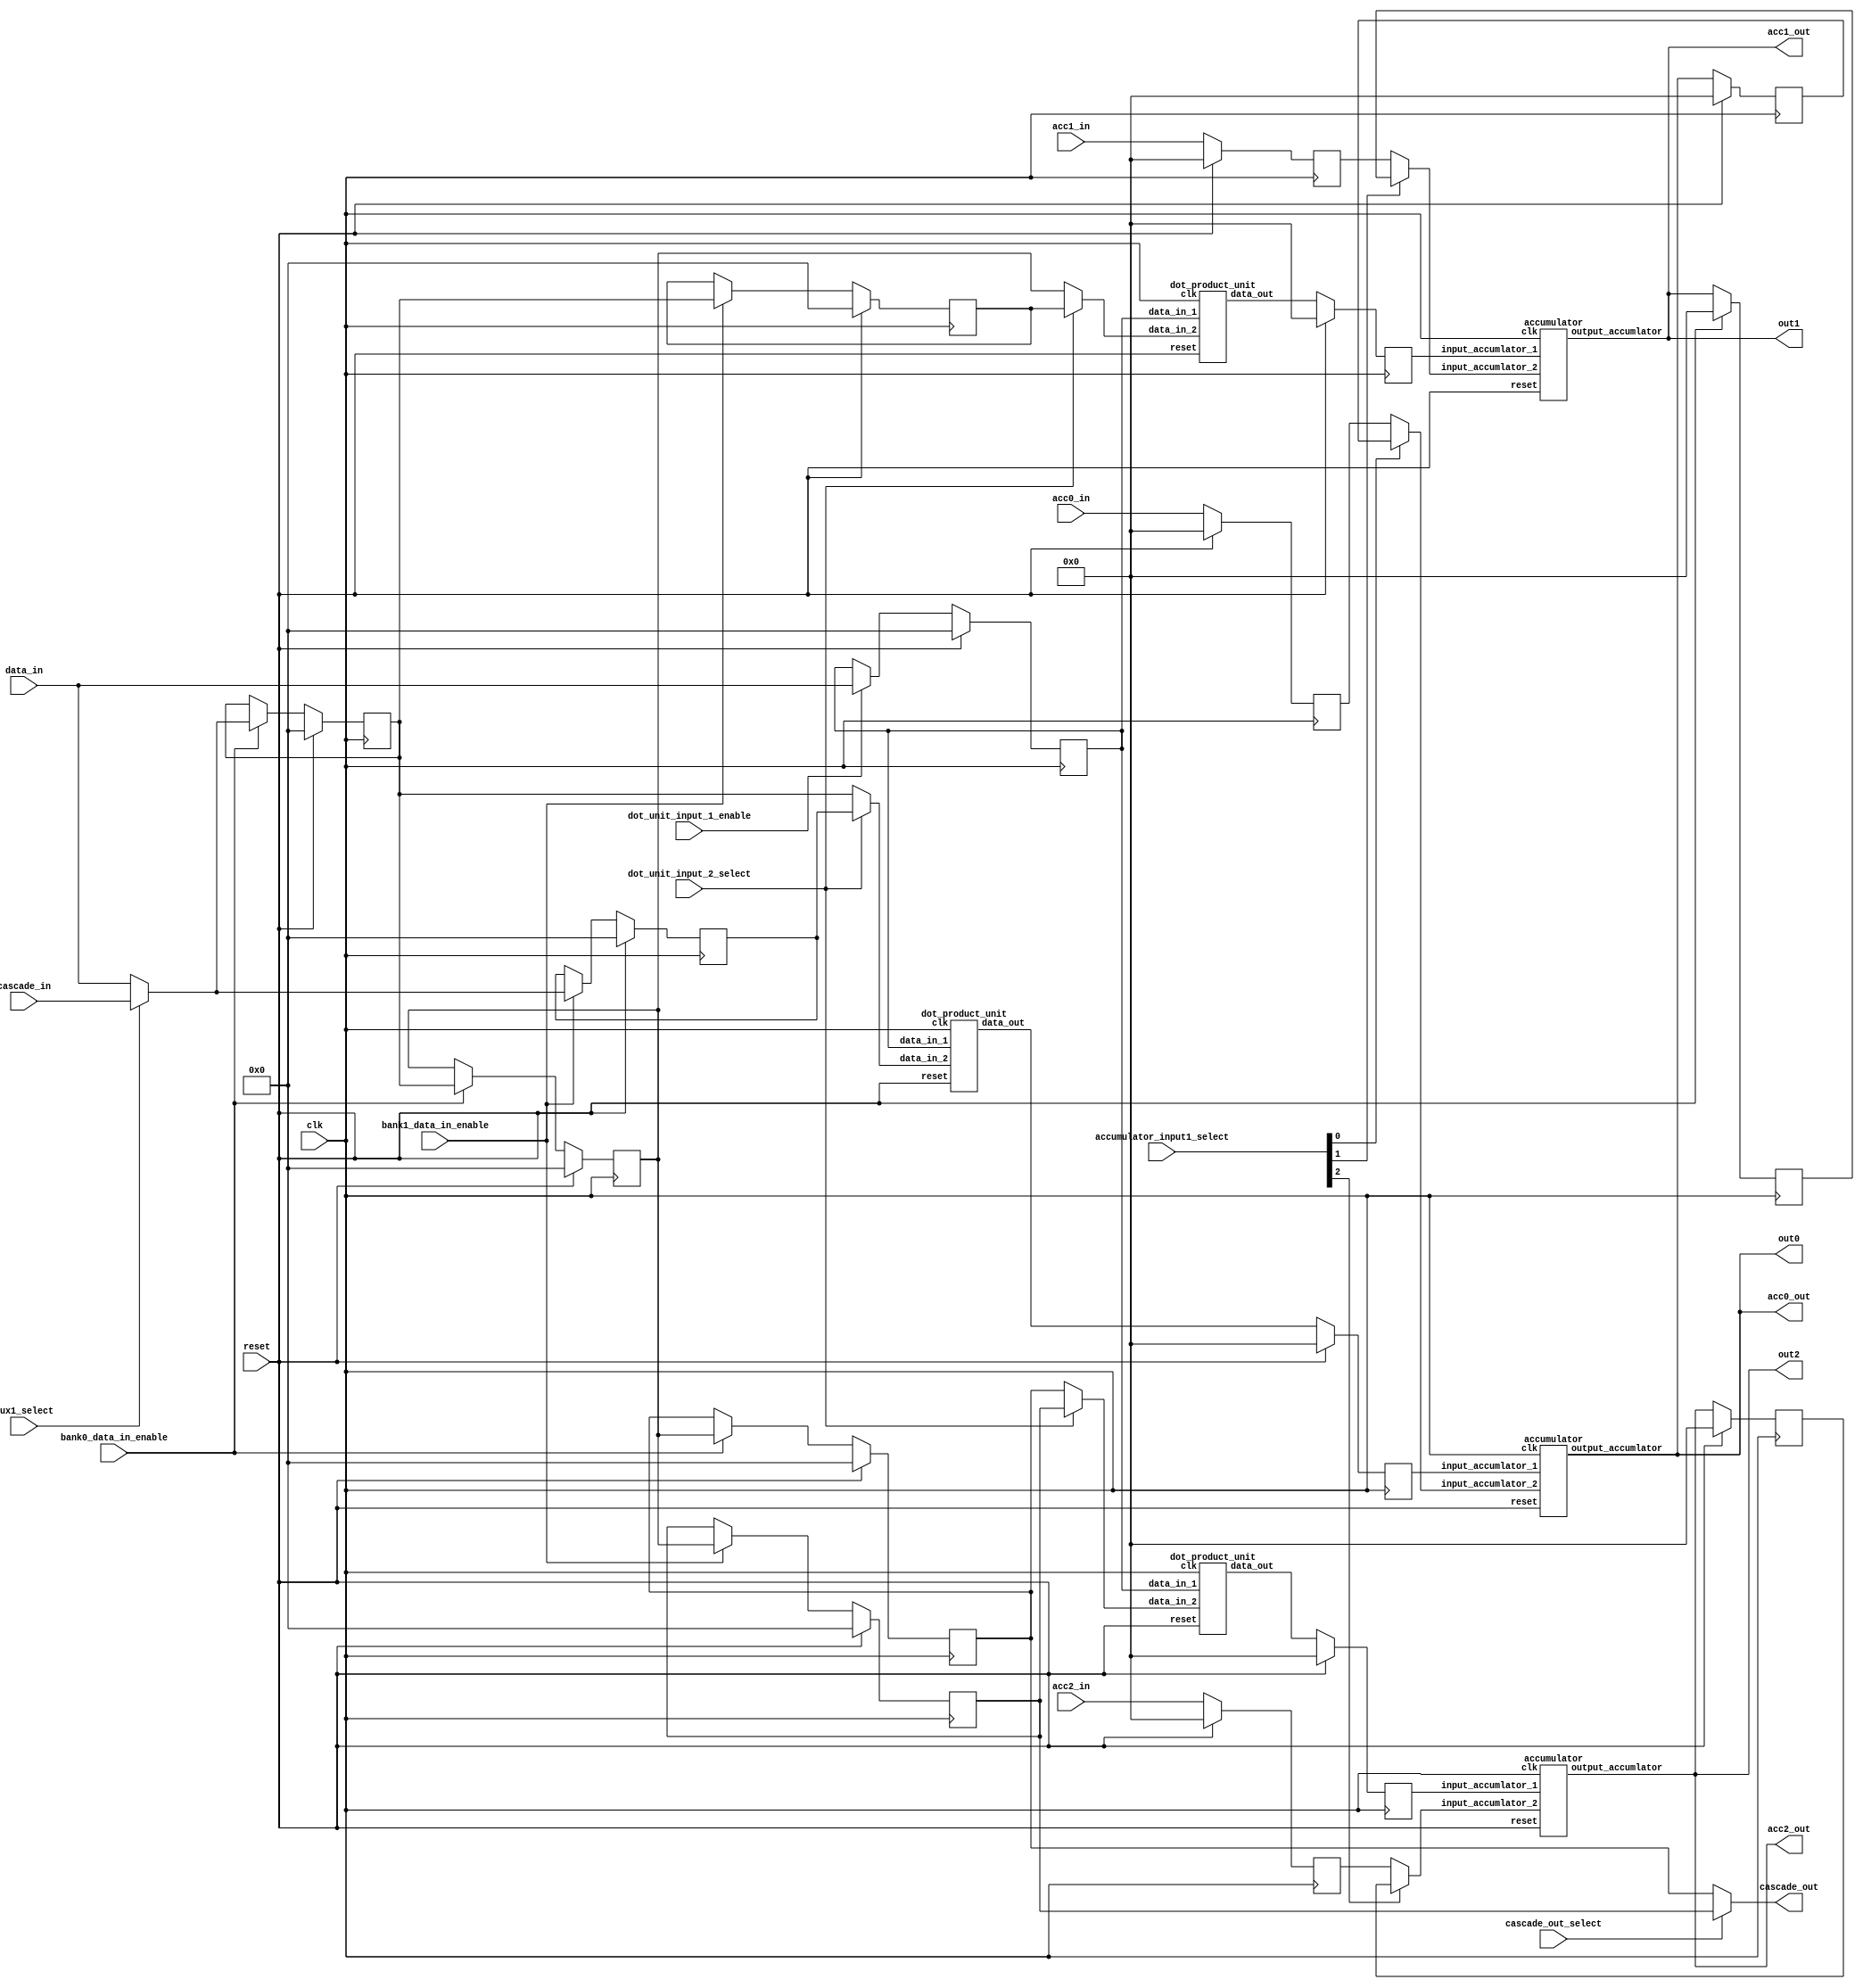
`timescale 1ns / 1ps


`define BFLOAT16
`ifdef BFLOAT16
`define EXPONENT 8
`define MANTISSA 7
`else // for ieee half precision fp16
`define EXPONENT 5
`define MANTISSA 10
`endif

`define SIGN 1
`define DWIDTH (`SIGN+`EXPONENT+`MANTISSA)

module tensor_block_bf16(
	clk,
	reset,
	
	data_in,
	cascade_in,
	acc0_in,
	acc1_in,
	acc2_in,
	accumulator_input1_select,

	out0,
	out1,
	out2,
	cascade_out,
	acc0_out,
	acc1_out,
	acc2_out,

	mux1_select,
	dot_unit_input_1_enable,
	bank0_data_in_enable,
	bank1_data_in_enable,
	cascade_out_select,
	dot_unit_input_2_select

	);

input 	[79:0] data_in;
input	[79:0] cascade_in;
input	[31:0] acc0_in;
input	[31:0] acc1_in;
input	[31:0] acc2_in;
input 	[2:0] accumulator_input1_select;


output	[31:0] out0;
output	[31:0] out1;
output	[31:0] out2;
output	[79:0] cascade_out;
output	[31:0] acc0_out;
output	[31:0] acc1_out;
output	[31:0] acc2_out;

//Inputs to take into account
input clk;
input reset;

// Logic to be created for 
input mux1_select;
input dot_unit_input_1_enable;
input bank0_data_in_enable;
input bank1_data_in_enable;
input cascade_out_select;
input dot_unit_input_2_select;


wire [79:0]mux1_out;
assign mux1_out = mux1_select ? cascade_in : data_in;

reg [79:0]dot_unit_input_1;

// D Flip Flop with reset and enable
always @ (posedge clk) begin
	if (reset == 1'b1) dot_unit_input_1 <= 0;
	else if (dot_unit_input_1_enable) dot_unit_input_1 <= data_in;
end

// Register Bank 0 
reg[79:0] bank0_reg0;
reg[79:0] bank0_reg1;
reg[79:0] bank0_reg2;

always @ (posedge clk) begin
	if (reset == 1'b1) begin
		bank0_reg0 <= 0;
		bank0_reg1 <= 0;
		bank0_reg2 <= 0;
	end
	else if (bank0_data_in_enable) begin
		bank0_reg0 <= mux1_out;
		bank0_reg1 <= bank0_reg0;
		bank0_reg2 <= bank0_reg1;
	end
end

// Register Bank 1 
reg[79:0] bank1_reg0;
reg[79:0] bank1_reg1;
reg[79:0] bank1_reg2;

always @ (posedge clk) begin
	if (reset == 1'b1) begin
		bank1_reg0 <= 0;
		bank1_reg1 <= 0;
		bank1_reg2 <= 0;
	end
	else if (bank1_data_in_enable) begin
		bank1_reg0 <= mux1_out;
		bank1_reg1 <= bank0_reg0;
		bank1_reg2 <= bank0_reg1;
	end
end

// Output cascade out
assign cascade_out = cascade_out_select ? bank1_reg2 : bank0_reg2;

// Providing second input to all 3 dot product units
wire [79:0]dot_unit_input_2_0;
wire [79:0]dot_unit_input_2_1;
wire [79:0]dot_unit_input_2_2;

assign dot_unit_input_2_0 = dot_unit_input_2_select ? bank1_reg0 : bank0_reg0;
assign dot_unit_input_2_1 = dot_unit_input_2_select ? bank1_reg1 : bank0_reg1;
assign dot_unit_input_2_2 = dot_unit_input_2_select ? bank1_reg2 : bank0_reg2;

wire [31:0] dot_unit_output_0;
wire [31:0] dot_unit_output_1;
wire [31:0] dot_unit_output_2;

dot_product_unit dot_unit0 (clk, reset, dot_unit_input_1, dot_unit_input_2_0, dot_unit_output_0);
dot_product_unit dot_unit1 (clk, reset, dot_unit_input_1, dot_unit_input_2_1, dot_unit_output_1);
dot_product_unit dot_unit2 (clk, reset, dot_unit_input_1, dot_unit_input_2_2, dot_unit_output_2);

// Flopping after dot product compute
reg [31:0] dot_unit_output_0_flopped;
reg [31:0] dot_unit_output_1_flopped;
reg [31:0] dot_unit_output_2_flopped;

always @ (posedge clk) begin
	if (reset == 1'b1) begin
		dot_unit_output_0_flopped <= 0;
		dot_unit_output_1_flopped <= 0;
		dot_unit_output_2_flopped <= 0;
	end
	else begin
		dot_unit_output_0_flopped <= dot_unit_output_0;
		dot_unit_output_1_flopped <= dot_unit_output_1;
		dot_unit_output_2_flopped <= dot_unit_output_2;
	end
end

wire [31:0] accumulator_unit0_input1;
wire [31:0] accumulator_unit1_input1;
wire [31:0] accumulator_unit2_input1;

wire [31:0] accumulator_unit_output_0;
wire [31:0] accumulator_unit_output_1;
wire [31:0] accumulator_unit_output_2;

reg [31:0] accumulator_unit_output_0_flopped;
reg [31:0] accumulator_unit_output_1_flopped;
reg [31:0] accumulator_unit_output_2_flopped;

reg [31:0] acc0_in_flopped;
reg [31:0] acc1_in_flopped;
reg [31:0] acc2_in_flopped;

// 3 mux's for selecting acc_in or acc_out_flopped
assign accumulator_unit0_input1 = accumulator_input1_select[0] ?  accumulator_unit_output_0_flopped : acc0_in_flopped;
assign accumulator_unit1_input1 = accumulator_input1_select[1] ?  accumulator_unit_output_1_flopped : acc1_in_flopped;
assign accumulator_unit2_input1 = accumulator_input1_select[2] ?  accumulator_unit_output_2_flopped : acc2_in_flopped;

// Flopping the accumulator outputs and acc_in 
always @ (posedge clk) begin
	if (reset == 1'b1) begin
		accumulator_unit_output_0_flopped <= 0;
		accumulator_unit_output_1_flopped <= 0;
		accumulator_unit_output_2_flopped <= 0;
		acc0_in_flopped <= 0;
		acc1_in_flopped <= 0;
		acc2_in_flopped <= 0;
	end
	else begin
		accumulator_unit_output_0_flopped <= accumulator_unit_output_0;
		accumulator_unit_output_1_flopped <= accumulator_unit_output_1;
		accumulator_unit_output_2_flopped <= accumulator_unit_output_2;
		acc0_in_flopped <= acc0_in;
		acc1_in_flopped <= acc1_in;
		acc2_in_flopped <= acc2_in;
	end
end

// Accumulator units
accumulator acc_unit0 (clk, reset, dot_unit_output_0_flopped, accumulator_unit0_input1, accumulator_unit_output_0 );
accumulator acc_unit1 (clk, reset, dot_unit_output_1_flopped, accumulator_unit1_input1, accumulator_unit_output_1 );
accumulator acc_unit2 (clk, reset, dot_unit_output_2_flopped, accumulator_unit2_input1, accumulator_unit_output_2 );

assign acc0_out = accumulator_unit_output_0;
assign acc1_out = accumulator_unit_output_1;
assign acc2_out = accumulator_unit_output_2;

//Taking the top 25 bits from the 32 bit accumulation number
assign out0= accumulator_unit_output_0;
assign out1= accumulator_unit_output_1;
assign out2= accumulator_unit_output_2;

endmodule

module dot_product_unit (
	clk,
	reset,
	data_in_1,
	data_in_2,
	data_out
	);
input clk;
input reset;
input [79:0] data_in_1;
input [79:0] data_in_2;
output [31:0] data_out;

wire [15:0] mult1_in1;
wire [15:0] mult1_in2;
wire [31:0] mult1_out;
wire [15:0] mult2_in1;
wire [15:0] mult2_in2;
wire [31:0] mult2_out;
wire [15:0] mult3_in1;
wire [15:0] mult3_in2;
wire [31:0] mult3_out;
wire [15:0] mult4_in1;
wire [15:0] mult4_in2;
wire [31:0] mult4_out;
wire [15:0] mult5_in1;
wire [15:0] mult5_in2;
wire [31:0] mult5_out;
reg [31:0] mult1_out_reg;
reg [31:0] mult2_out_reg;
reg [31:0] mult3_out_reg;
reg [31:0] mult4_out_reg;
reg [31:0] mult5_out_reg;

wire [4:0] flags_dummy_1;
wire [4:0] flags_dummy_2;
wire [4:0] flags_dummy_3;
wire [4:0] flags_dummy_4;
wire [4:0] flags_dummy_5;

assign mult1_in1 = data_in_1[15:0];
assign mult1_in2 = data_in_2[15:0];
FPMult_16 mult_1_dut(clk,reset,mult1_in1,mult1_in2,mult1_out,flags_dummy_1);


assign mult2_in1 = data_in_1[31:16];
assign mult2_in2 = data_in_2[31:16];
FPMult_16 mult_2_dut(clk,reset,mult2_in1,mult2_in2,mult2_out,flags_dummy_2);

assign mult3_in1 = data_in_1[47:32];
assign mult3_in2 = data_in_2[47:32];
FPMult_16 mult_3_dut(clk,reset,mult3_in1,mult3_in2,mult3_out,flags_dummy_3);

assign mult4_in1 = data_in_1[63:48];
assign mult4_in2 = data_in_2[63:48];
FPMult_16 mult_4_dut(clk,reset,mult4_in1,mult4_in2,mult4_out,flags_dummy_4);

assign mult5_in1 = data_in_1[79:54];
assign mult5_in2 = data_in_2[79:54];
FPMult_16 mult_5_dut(clk,reset,mult5_in1,mult5_in2,mult5_out,flags_dummy_5);

always@(posedge clk) begin 
mult1_out_reg <= mult1_out; 
mult2_out_reg <= mult2_out; 
mult3_out_reg <= mult3_out; 
mult4_out_reg <= mult4_out; 
mult5_out_reg <= mult5_out; 
end

sum_5_times sum_it_up(clk, reset, mult1_out_reg, mult2_out_reg, mult3_out_reg, mult4_out_reg, mult5_out_reg, data_out);
//assign data_out = 	mult1_out + mult2_out + mult3_out + mult4_out + mult5_out +  
//					mult6_out + mult7_out + mult8_out + mult9_out + mult10_out;
endmodule


module sum_5_times (clk, reset, num1, num2, num3, num4, num5, out);

input clk;
input reset;
input [31:0]num1;
input [31:0]num2;
input [31:0]num3;
input [31:0]num4;
input [31:0]num5;
output [31:0] out;

wire [31:0]add_1_out;
wire [31:0]add_2_out;
wire [31:0]add_3_out;
wire [31:0]add_4_out;

reg [31:0] add_1_out_reg; 
reg [31:0] add_2_out_reg;
reg [31:0] add_3_out_reg;

wire [4:0] dummy_flag_1;
wire [4:0] dummy_flag_2;
wire [4:0] dummy_flag_3;
wire [4:0] dummy_flag_4;


FPAddSub_single_32 sum_10_times_adder_1(clk,reset,num1,num2,1'b0,add_1_out,dummy_flag_1);
always@(posedge clk) begin 
add_1_out_reg<= add_1_out;
end

FPAddSub_single_32 sum_10_times_adder_2(clk,reset,num3,num4,1'b0,add_2_out,dummy_flag_2);
always@(posedge clk) begin 
add_2_out_reg<= add_2_out;
end

FPAddSub_single_32 sum_10_times_adder_3(clk,reset,add_1_out_reg,add_2_out_reg,1'b0,add_3_out,dummy_flag_3);
always@(posedge clk) begin 
add_3_out_reg<= add_3_out;
end
reg [31:0] num5_del0,num5_del1;

always@(posedge clk) begin 
num5_del0<= num5;
num5_del1<= num5_del0;
end

FPAddSub_single_32 sum_10_times_adder_4(clk,reset,add_3_out_reg,num5_del1,1'b0,add_4_out,dummy_flag_4);

assign out = add_4_out;

endmodule

module accumulator (
	clk,
	reset,
	input_accumlator_1,
	input_accumlator_2,
	output_accumlator
	);
input clk;
input reset;
input [31:0] input_accumlator_1;
input [31:0] input_accumlator_2;
output [31:0] output_accumlator;

wire [4:0] flags; //dummy

FPAddSub_single_32 accumulator_definition(
		clk,
		reset,
		input_accumlator_1,
		input_accumlator_2,
		1'b0,			// 0 add, 1 sub
		output_accumlator,
		flags
	);

endmodule


module FPAddSub_single_32(
		clk,
		rst,
		a,
		b,
		operation,
		result,
		flags
	);

  // Clock and reset
  	input clk ;										// Clock signal
  	input rst ;										// Reset (active high, resets pipeline registers)
  	
  	// Input ports
  	input [31:0] a ;								// Input A, a 32-bit floating point number
  	input [31:0] b ;								// Input B, a 32-bit floating point number
  	input operation ;								// Operation select signal
  	
  	// Output ports
  	output [31:0] result ;						// Result of the operation
  	output [4:0] flags ;							// Flags indicating exceptions according to IEEE754
  
  	reg [68:0]pipe_1;
  	reg [54:0]pipe_2;
  	reg [45:0]pipe_3;
  
  
  //internal module wires
  
  //output ports
  	wire Opout;
  	wire Sa;
  	wire Sb;
  	wire MaxAB;
  	wire [7:0] CExp;
  	wire [4:0] Shift;
  	wire [22:0] Mmax;
  	wire [4:0] InputExc;
  	wire [23:0] Mmin_3;
  
  	wire [32:0] SumS_5 ;
  	wire [4:0] Shift_1;							
  	wire PSgn ;							
  	wire Opr ;	
  	
  	wire [22:0] NormM ;				// Normalized mantissa
  	wire [8:0] NormE ;					// Adjusted exponent
  	wire ZeroSum ;						// Zero flag
  	wire NegE ;							// Flag indicating negative exponent
  	wire R ;								// Round bit
  	wire S ;								// Final sticky bit
  	wire FG ;
  
  FPAddSub_a_32 M1(a,b,operation,Opout,Sa,Sb,MaxAB,CExp,Shift,Mmax,InputExc,Mmin_3);
  
  FpAddSub_b_32 M2(pipe_1[51:29],pipe_1[23:0],pipe_1[67],pipe_1[66],pipe_1[65],pipe_1[68],SumS_5,Shift_1,PSgn,Opr);
  
  FPAddSub_c_32 M3(pipe_2[54:22],pipe_2[21:17],pipe_2[16:9],NormM,NormE,ZeroSum,NegE,R,S,FG);
  
  FPAddSub_d_32 M4(pipe_3[13],pipe_3[22:14],pipe_3[45:23],pipe_3[11],pipe_3[10],pipe_3[9],pipe_3[8],pipe_3[7],pipe_3[6],pipe_3[5],pipe_3[12],pipe_3[4:0],result,flags );
  
  
  always @ (posedge clk) begin	
  		if(rst) begin
  			pipe_1 <= 0;
  			pipe_2 <= 0;
  			pipe_3 <= 0;
  		end 
  		else begin
  /*
  pipe_1:
  	[68] Opout;
  	[67] Sa;
  	[66] Sb;
  	[65] MaxAB;
  	[64:57] CExp;
  	[56:52] Shift;
  	[51:29] Mmax;
  	[28:24] InputExc;
  	[23:0] Mmin_3;	
  */
  
  pipe_1 <= {Opout,Sa,Sb,MaxAB,CExp,Shift,Mmax,InputExc,Mmin_3};
  
  /*
  pipe_2:
  	[54:22]SumS_5;
  	[21:17]Shift;
  	[16:9]CExp;	
  	[8]Sa;
  	[7]Sb;
  	[6]operation;
  	[5]MaxAB;	
  	[4:0]InputExc
  */
  
  pipe_2 <= {SumS_5,Shift_1,pipe_1[64:57], pipe_1[67], pipe_1[66], pipe_1[68], pipe_1[65], pipe_1[28:24] };
  
  /*
  pipe_3:
  	[45:23] NormM ;				
  	[22:14] NormE ;					
  	[13]ZeroSum ;						
  	[12]NegE ;							
  	[11]R ;								
  	[10]S ;								
  	[9]FG ;
  	[8]Sa;
  	[7]Sb;
  	[6]operation;
  	[5]MaxAB;	
  	[4:0]InputExc
  */
  
  pipe_3 <= {NormM,NormE,ZeroSum,NegE,R,S,FG, pipe_2[8], pipe_2[7], pipe_2[6], pipe_2[5], pipe_2[4:0] };
  
  end
  end


endmodule

module FPAddSub_a_32(
		A,
		B,
		operation,
		Opout,
		Sa,
		Sb,
		MaxAB,
		CExp,
		Shift,
		Mmax,
		InputExc,
		Mmin_3
		
		
	);
	
	// Input ports
	input [31:0] A ;										// Input A, a 32-bit floating point number
	input [31:0] B ;										// Input B, a 32-bit floating point number
	input operation ;
	
	//output ports
	output Opout;
	output Sa;
	output Sb;
	output MaxAB;
	output [7:0] CExp;
	output [4:0] Shift;
	output [22:0] Mmax;
	output [4:0] InputExc;
	output [23:0] Mmin_3;	
							
	wire [9:0] ShiftDet ;							
	wire [30:0] Aout ;
	wire [30:0] Bout ;
	

	// Internal signals									// If signal is high...
	wire ANaN ;												// A is a NaN (Not-a-Number)
	wire BNaN ;												// B is a NaN
	wire AInf ;												// A is infinity
	wire BInf ;												// B is infinity
	wire [7:0] DAB ;										// ExpA - ExpB					
	wire [7:0] DBA ;										// ExpB - ExpA	
	
	assign ANaN = &(A[30:23]) & |(A[22:0]) ;		// All one exponent and not all zero mantissa - NaN
	assign BNaN = &(B[30:23]) & |(B[22:0]);		// All one exponent and not all zero mantissa - NaN
	assign AInf = &(A[30:23]) & ~|(A[22:0]) ;	// All one exponent and all zero mantissa - Infinity
	assign BInf = &(B[30:23]) & ~|(B[22:0]) ;	// All one exponent and all zero mantissa - Infinity
	
	// Put all flags into exception vector
	assign InputExc = {(ANaN | BNaN | AInf | BInf), ANaN, BNaN, AInf, BInf} ;
	
	//assign DAB = (A[30:23] - B[30:23]) ;
	//assign DBA = (B[30:23] - A[30:23]) ;
	assign DAB = (A[30:23] + ~(B[30:23]) + 1) ;
	assign DBA = (B[30:23] + ~(A[30:23]) + 1) ;
	
	assign Sa = A[31] ;									// A's sign bit
	assign Sb = B[31] ;									// B's sign	bit
	assign ShiftDet = {DBA[4:0], DAB[4:0]} ;		// Shift data
	assign Opout = operation ;
	assign Aout = A[30:0] ;
	assign Bout = B[30:0] ;

/////////////////////////////////////////////////////////////////////////////////////////////////////////////
	// Output ports
													// Number of steps to smaller mantissa shift right
	wire [22:0] Mmin_1 ;							// Smaller mantissa 
	
	// Internal signals
	//wire BOF ;										// Check for shifting overflow if B is larger
	//wire AOF ;										// Check for shifting overflow if A is larger
	
	assign MaxAB = (Aout[30:0] < Bout[30:0]) ;	
	//assign BOF = ShiftDet[9:5] < 25 ;		// Cannot shift more than 25 bits
	//assign AOF = ShiftDet[4:0] < 25 ;		// Cannot shift more than 25 bits
	
	// Determine final shift value
	//assign Shift = MaxAB ? (BOF ? ShiftDet[9:5] : 5'b11001) : (AOF ? ShiftDet[4:0] : 5'b11001) ;
	
	assign Shift = MaxAB ? ShiftDet[9:5] : ShiftDet[4:0] ;
	
	// Take out smaller mantissa and append shift space
	assign Mmin_1 = MaxAB ? Aout[22:0] : Bout[22:0] ; 
	
	// Take out larger mantissa	
	assign Mmax = MaxAB ? Bout[22:0]: Aout[22:0] ;	
	
	// Common exponent
	assign CExp = (MaxAB ? Bout[30:23] : Aout[30:23]) ;	

// Input ports
					// Smaller mantissa after 16|12|8|4 shift
	wire [2:0] Shift_1 ;						// Shift amount
	
	assign Shift_1 = Shift [4:2];

	wire [23:0] Mmin_2 ;						// The smaller mantissa
	
	// Internal signals
	reg	  [23:0]		Lvl1;
	reg	  [23:0]		Lvl2;
	wire    [47:0]    Stage1;	
	integer           i;                // Loop variable
	
	always @(*) begin						
		// Rotate by 16?
		Lvl1 <= Shift_1[2] ? {17'b00000000000000001, Mmin_1[22:16]} : {1'b1, Mmin_1}; 
	end
	
	assign Stage1 = {Lvl1, Lvl1};
	
	always @(*) begin    					// Rotate {0 | 4 | 8 | 12} bits
	  case (Shift_1[1:0])
			// Rotate by 0	
			2'b00:  Lvl2 <= Stage1[23:0];       			
			// Rotate by 4	
			2'b01:  begin for (i=0; i<=23; i=i+1) begin Lvl2[i] <= Stage1[i+4]; end Lvl2[23:19] <= 0; end
			// Rotate by 8
			2'b10:  begin for (i=0; i<=23; i=i+1) begin Lvl2[i] <= Stage1[i+8]; end Lvl2[23:15] <= 0; end
			// Rotate by 12	
			2'b11:  begin for (i=0; i<=23; i=i+1) begin Lvl2[i] <= Stage1[i+12]; end Lvl2[23:11] <= 0; end
	  endcase
	end
	
	// Assign output to next shift stage
	assign Mmin_2 = Lvl2;
								// Smaller mantissa after 16|12|8|4 shift
	wire [1:0] Shift_2 ;						// Shift amount
	
	assign Shift_2 =Shift  [1:0] ;
					// The smaller mantissa
	
	// Internal Signal
	reg	  [23:0]		Lvl3;
	wire    [47:0]    Stage2;	
	integer           j;               // Loop variable
	
	assign Stage2 = {Mmin_2, Mmin_2};

	always @(*) begin    // Rotate {0 | 1 | 2 | 3} bits
	  case (Shift_2[1:0])
			// Rotate by 0
			2'b00:  Lvl3 <= Stage2[23:0];   
			// Rotate by 1
			2'b01:  begin for (j=0; j<=23; j=j+1)  begin Lvl3[j] <= Stage2[j+1]; end Lvl3[23] <= 0; end 
			// Rotate by 2
			2'b10:  begin for (j=0; j<=23; j=j+1)  begin Lvl3[j] <= Stage2[j+2]; end Lvl3[23:22] <= 0; end 
			// Rotate by 3
			2'b11:  begin for (j=0; j<=23; j=j+1)  begin Lvl3[j] <= Stage2[j+3]; end Lvl3[23:21] <= 0; end 	  
	  endcase
	end
	
	// Assign output
	assign Mmin_3 = Lvl3;	

	
endmodule

module FpAddSub_b_32(
		Mmax,
		Mmin,
		Sa,
		Sb,
		MaxAB,
		OpMode,
		SumS_5,
		Shift,
		PSgn,
		Opr
);
	input [22:0] Mmax ;					// The larger mantissa
	input [23:0] Mmin ;					// The smaller mantissa
	input Sa ;								// Sign bit of larger number
	input Sb ;								// Sign bit of smaller number
	input MaxAB ;							// Indicates the larger number (0/A, 1/B)
	input OpMode ;							// Operation to be performed (0/Add, 1/Sub)
	
	// Output ports
	wire [32:0] Sum ;	
						// Output ports
	output [32:0] SumS_5 ;					// Mantissa after 16|0 shift
	output [4:0] Shift ;					// Shift amount				// The result of the operation
	output PSgn ;							// The sign for the result
	output Opr ;							// The effective (performed) operation

	assign Opr = (OpMode^Sa^Sb); 		// Resolve sign to determine operation

	// Perform effective operation
	assign Sum = (OpMode^Sa^Sb) ? ({1'b1, Mmax, 8'b00000000} - {Mmin, 8'b00000000}) : ({1'b1, Mmax, 8'b00000000} + {Mmin, 8'b00000000}) ;
	
	// Assign result sign
	assign PSgn = (MaxAB ? Sb : Sa) ;

/////////////////////////////////////////////////////////////////////////////////////////////////////////////////////////////////////////

		// Determine normalization shift amount by finding leading nought
	assign Shift =  ( 
		Sum[32] ? 5'b00000 :	 
		Sum[31] ? 5'b00001 : 
		Sum[30] ? 5'b00010 : 
		Sum[29] ? 5'b00011 : 
		Sum[28] ? 5'b00100 : 
		Sum[27] ? 5'b00101 : 
		Sum[26] ? 5'b00110 : 
		Sum[25] ? 5'b00111 :
		Sum[24] ? 5'b01000 :
		Sum[23] ? 5'b01001 :
		Sum[22] ? 5'b01010 :
		Sum[21] ? 5'b01011 :
		Sum[20] ? 5'b01100 :
		Sum[19] ? 5'b01101 :
		Sum[18] ? 5'b01110 :
		Sum[17] ? 5'b01111 :
		Sum[16] ? 5'b10000 :
		Sum[15] ? 5'b10001 :
		Sum[14] ? 5'b10010 :
		Sum[13] ? 5'b10011 :
		Sum[12] ? 5'b10100 :
		Sum[11] ? 5'b10101 :
		Sum[10] ? 5'b10110 :
		Sum[9] ? 5'b10111 :
		Sum[8] ? 5'b11000 :
		Sum[7] ? 5'b11001 : 5'b11010
	);
	
	reg	  [32:0]		Lvl1;
	
	always @(*) begin
		// Rotate by 16?
		Lvl1 <= Shift[4] ? {Sum[16:0], 16'b0000000000000000} : Sum; 
	end
	
	// Assign outputs
	assign SumS_5 = Lvl1;	

endmodule

module FPAddSub_c_32(
		SumS_5,
		Shift,
		CExp,
		NormM,
		NormE,
		ZeroSum,
		NegE,
		R,
		S,
		FG
	);
	
	// Input ports
	input [32:0] SumS_5 ;						// Smaller mantissa after 16|12|8|4 shift
	
	input [4:0] Shift ;						// Shift amount
	
// Input ports
	
	input [7:0] CExp ;
	

	// Output ports
	output [22:0] NormM ;				// Normalized mantissa
	output [8:0] NormE ;					// Adjusted exponent
	output ZeroSum ;						// Zero flag
	output NegE ;							// Flag indicating negative exponent
	output R ;								// Round bit
	output S ;								// Final sticky bit
	output FG ;


	wire [3:0]Shift_1;
	assign Shift_1 = Shift [3:0];
	// Output ports
	wire [32:0] SumS_7 ;						// The smaller mantissa
	
	reg	  [32:0]		Lvl2;
	wire    [65:0]    Stage1;	
	reg	  [32:0]		Lvl3;
	wire    [65:0]    Stage2;	
	integer           i;               	// Loop variable
	
	assign Stage1 = {SumS_5, SumS_5};

	always @(*) begin    					// Rotate {0 | 4 | 8 | 12} bits
	  case (Shift[3:2])
			// Rotate by 0
			2'b00: Lvl2 <= Stage1[32:0];       		
			// Rotate by 4
			2'b01: begin for (i=65; i>=33; i=i-1) begin Lvl2[i-33] <= Stage1[i-4]; end Lvl2[3:0] <= 0; end
			// Rotate by 8
			2'b10: begin for (i=65; i>=33; i=i-1) begin Lvl2[i-33] <= Stage1[i-8]; end Lvl2[7:0] <= 0; end
			// Rotate by 12
			2'b11: begin for (i=65; i>=33; i=i-1) begin Lvl2[i-33] <= Stage1[i-12]; end Lvl2[11:0] <= 0; end
	  endcase
	end
	
	assign Stage2 = {Lvl2, Lvl2};

	always @(*) begin   				 		// Rotate {0 | 1 | 2 | 3} bits
	  case (Shift_1[1:0])
			// Rotate by 0
			2'b00:  Lvl3 <= Stage2[32:0];
			// Rotate by 1
			2'b01: begin for (i=65; i>=33; i=i-1) begin Lvl3[i-33] <= Stage2[i-1]; end Lvl3[0] <= 0; end 
			// Rotate by 2
			2'b10: begin for (i=65; i>=33; i=i-1) begin Lvl3[i-33] <= Stage2[i-2]; end Lvl3[1:0] <= 0; end
			// Rotate by 3
			2'b11: begin for (i=65; i>=33; i=i-1) begin Lvl3[i-33] <= Stage2[i-3]; end Lvl3[2:0] <= 0; end
	  endcase
	end
	
	// Assign outputs
	assign SumS_7 = Lvl3;						// Take out smaller mantissa



	
	// Internal signals
	wire MSBShift ;						// Flag indicating that a second shift is needed
	wire [8:0] ExpOF ;					// MSB set in sum indicates overflow
	wire [8:0] ExpOK ;					// MSB not set, no adjustment
	
	// Calculate normalized exponent and mantissa, check for all-zero sum
	assign MSBShift = SumS_7[32] ;		// Check MSB in unnormalized sum
	assign ZeroSum = ~|SumS_7 ;			// Check for all zero sum
	assign ExpOK = CExp - Shift ;		// Adjust exponent for new normalized mantissa
	assign NegE = ExpOK[8] ;			// Check for exponent overflow
	assign ExpOF = CExp - Shift + 1'b1 ;		// If MSB set, add one to exponent(x2)
	


	assign NormE = MSBShift ? ExpOF : ExpOK ;			// Check for exponent overflow
	assign NormM = SumS_7[31:9] ;		// The new, normalized mantissa
	
	// Also need to compute sticky and round bits for the rounding stage
	assign FG = SumS_7[8] ; 
	assign R = SumS_7[7] ;
	assign S = |SumS_7[6:0] ;		
	
endmodule

module FPAddSub_d_32(
		ZeroSum,
		NormE,
		NormM,
		R,
		S,
		G,
		Sa,
		Sb,
		Ctrl,
		MaxAB,
		NegE,
		InputExc,
		P,
		Flags 
    );

	// Input ports
	input ZeroSum ;					// Sum is zero
	input [8:0] NormE ;				// Normalized exponent
	input [22:0] NormM ;				// Normalized mantissa
	input R ;							// Round bit
	input S ;							// Sticky bit
	input G ;
	input Sa ;							// A's sign bit
	input Sb ;							// B's sign bit
	input Ctrl ;						// Control bit (operation)
	input MaxAB ;
	

	input NegE ;						// Negative exponent?
	input [4:0] InputExc ;					// Exceptions in inputs A and B

	// Output ports
	output [31:0] P ;					// Final result
	output [4:0] Flags ;				// Exception flags
	
	// 
	wire [31:0] Z ;					// Final result
	wire EOF ;
	
	// Internal signals
	wire [23:0] RoundUpM ;			// Rounded up sum with room for overflow
	wire [22:0] RoundM ;				// The final rounded sum
	wire [8:0] RoundE ;				// Rounded exponent (note extra bit due to poential overflow	)
	wire RoundUp ;						// Flag indicating that the sum should be rounded up
	wire ExpAdd ;						// May have to add 1 to compensate for overflow 
	wire RoundOF ;						// Rounding overflow
	wire FSgn;
	// The cases where we need to round upwards (= adding one) in Round to nearest, tie to even
	assign RoundUp = (G & ((R | S) | NormM[0])) ;
	
	// Note that in the other cases (rounding down), the sum is already 'rounded'
	assign RoundUpM = (NormM + 1) ;								// The sum, rounded up by 1
	assign RoundM = (RoundUp ? RoundUpM[22:0] : NormM) ; 	// Compute final mantissa	
	assign RoundOF = RoundUp & RoundUpM[23] ; 				// Check for overflow when rounding up

	// Calculate post-rounding exponent
	assign ExpAdd = (RoundOF ? 1'b1 : 1'b0) ; 				// Add 1 to exponent to compensate for overflow
	assign RoundE = ZeroSum ? 8'b00000000 : (NormE + ExpAdd) ; 							// Final exponent

	// If zero, need to determine sign according to rounding
	assign FSgn = (ZeroSum & (Sa ^ Sb)) | (ZeroSum ? (Sa & Sb & ~Ctrl) : ((~MaxAB & Sa) | ((Ctrl ^ Sb) & (MaxAB | Sa)))) ;

	// Assign final result
	assign Z = {FSgn, RoundE[7:0], RoundM[22:0]} ;
	
	// Indicate exponent overflow
	assign EOF = RoundE[8];

/////////////////////////////////////////////////////////////////////////////////////////////////////////



	
	// Internal signals
	wire Overflow ;					// Overflow flag
	wire Underflow ;					// Underflow flag
	wire DivideByZero ;				// Divide-by-Zero flag (always 0 in Add/Sub)
	wire Invalid ;						// Invalid inputs or result
	wire Inexact ;						// Result is inexact because of rounding
	
	// Exception flags
	
	// Result is too big to be represented
	assign Overflow = EOF | InputExc[1] | InputExc[0] ;
	
	// Result is too small to be represented
	assign Underflow = NegE & (R | S);
	
	// Infinite result computed exactly from finite operands
	assign DivideByZero = &(Z[30:23]) & ~|(Z[30:23]) & ~InputExc[1] & ~InputExc[0];
	
	// Invalid inputs or operation
	assign Invalid = |(InputExc[4:2]) ;
	
	// Inexact answer due to rounding, overflow or underflow
	assign Inexact = (R | S) | Overflow | Underflow;
	
	// Put pieces together to form final result
	assign P = Z ;
	
	// Collect exception flags	
	assign Flags = {Overflow, Underflow, DivideByZero, Invalid, Inexact} ; 	
	
endmodule

//////////////////////////////////////////////////////////////////////////////////
//
// Module Name:    FPMult
//
//////////////////////////////////////////////////////////////////////////////////

module FPMult_16(
		clk,
		rst,
		a,
		b,
		result,
		flags
    );
	
	// Input Ports
	input clk ;							// Clock
	input rst ;							// Reset signal
	input [16-1:0] a;						// Input A, a 32-bit floating point number
	input [16-1:0] b;						// Input B, a 32-bit floating point number
	
	// Output ports
	output [32-1:0] result ;					// Product, result of the operation, 32-bit FP number
	output [4:0] flags ;						// Flags indicating exceptions according to IEEE754
	
	// Internal signals
	wire [32-1:0] Z_int ;					// Product, result of the operation, 32-bit FP number
	wire [4:0] Flags_int ;						// Flags indicating exceptions according to IEEE754
	
	wire Sa ;							// A's sign
	wire Sb ;							// B's sign
	wire Sp ;							// Product sign
	wire [8-1:0] Ea ;					// A's exponent
	wire [8-1:0] Eb ;					// B's exponent
	wire [2*7+1:0] Mp ;					// Product 7
	wire [4:0] InputExc ;						// Exceptions in inputs
	wire [23-1:0] NormM ;					// Normalized 7
	wire [8:0] NormE ;					// Normalized exponent
	wire [23:0] RoundM ;					// Normalized 7
	wire [8:0] RoundE ;					// Normalized exponent
	wire [23:0] RoundMP ;					// Normalized 7
	wire [8:0] RoundEP ;					// Normalized exponent
	wire GRS ;

	//reg [63:0] pipe_0;						// Pipeline register Input->Prep
	reg [2*16-1:0] pipe_0;					// Pipeline register Input->Prep

	//reg [92:0] pipe_1;						// Pipeline register Prep->Execute
	//reg [3*7+2*8+7:0] pipe_1;			// Pipeline register Prep->Execute
	reg [3*7+2*8+18:0] pipe_1;

	//reg [38:0] pipe_2;						// Pipeline register Execute->Normalize
	reg [23+8+7:0] pipe_2;				// Pipeline register Execute->Normalize
	
	//reg [72:0] pipe_3;						// Pipeline register Normalize->Round
	reg [2*23+2*8+10:0] pipe_3;			// Pipeline register Normalize->Round

	//reg [36:0] pipe_4;						// Pipeline register Round->Output
	reg [32+4:0] pipe_4;					// Pipeline register Round->Output
	
	assign result = pipe_4[32+4:5] ;
	assign flags = pipe_4[4:0] ;
	
	// Prepare the operands for alignment and check for exceptions
	FPMult_PrepModule PrepModule(clk, rst, pipe_0[2*16-1:16], pipe_0[16-1:0], Sa, Sb, Ea[8-1:0], Eb[8-1:0], Mp[2*7+1:0], InputExc[4:0]) ;

	// Perform (unsigned) 7 multiplication
	FPMult_ExecuteModule ExecuteModule(pipe_1[3*7+8*2+7:2*7+2*8+8], pipe_1[2*7+2*8+7:2*7+7], pipe_1[2*7+6:5], pipe_1[2*7+2*8+6:2*7+8+7], pipe_1[2*7+8+6:2*7+7], pipe_1[2*7+2*8+8], pipe_1[2*7+2*8+7], Sp, NormE[8:0], NormM[23-1:0], GRS) ;

	// Round result and if necessary, perform a second (post-rounding) normalization step
	FPMult_NormalizeModule NormalizeModule(pipe_2[23-1:0], pipe_2[23+8:23], RoundE[8:0], RoundEP[8:0], RoundM[23:0], RoundMP[23:0]) ;		

	// Round result and if necessary, perform a second (post-rounding) normalization step
	//FPMult_RoundModule RoundModule(pipe_3[47:24], pipe_3[23:0], pipe_3[65:57], pipe_3[56:48], pipe_3[66], pipe_3[67], pipe_3[72:68], Z_int[31:0], Flags_int[4:0]) ;		
	FPMult_RoundModule RoundModule(pipe_3[2*23+1:23+1], pipe_3[23:0], pipe_3[2*23+2*8+3:2*23+8+3], pipe_3[2*23+8+2:2*23+2], pipe_3[2*23+2*8+4], pipe_3[2*23+2*8+5], pipe_3[2*23+2*8+10:2*23+2*8+6], Z_int[32-1:0], Flags_int[4:0]) ;		

				
//adding always@ (*) instead of posedge clock to make design combinational
	always @ (*) begin	
		if(rst) begin
			pipe_0 = 0;
			pipe_1 = 0;
			pipe_2 = 0; 
			pipe_3 = 0;
			pipe_4 = 0;
		end 
		else begin		
			/* PIPE 0
				[2*16-1:16] A
				[16-1:0] B
			*/
                       pipe_0 = {a, b} ;


			/* PIPE 1
				[2*8+3*7 + 18: 2*8+2*7 + 18] //pipe_0[16+7-1:16] , 7 of A
				[2*8+2*7 + 17 :2*8+2*7 + 9] // pipe_0[8:0]
				[2*8+2*7 + 8] Sa
				[2*8+2*7 + 7] Sb
				[2*8+2*7 + 6:8+2*7+7] Ea
				[8+2*7+6:2*7+7] Eb
				[2*7+1+5:5] Mp
				[4:0] InputExc
			*/
			//pipe_1 <= {pipe_0[16+7-1:16], pipe_0[7_MUL_SPLIT_LSB-1:0], Sa, Sb, Ea[8-1:0], Eb[8-1:0], Mp[2*7-1:0], InputExc[4:0]} ;
			pipe_1 = {pipe_0[16+7-1:16], pipe_0[8:0], Sa, Sb, Ea[8-1:0], Eb[8-1:0], Mp[2*7+1:0], InputExc[4:0]} ;
			
			/* PIPE 2
				[8+ 23 + 7:8+ 23 + 3] InputExc
				[8+ 23 + 2] GRS
				[8+ 23 + 1] Sp
				[8+ 23:23] NormE
				[23-1:0] NormM
			*/
			pipe_2 = {pipe_1[4:0], GRS, Sp, NormE[8:0], NormM[23-1:0]} ;
			/* PIPE 3
				[2*8+2*23+10:2*8+2*23+6] InputExc
				[2*8+2*23+5] GRS
				[2*8+2*23+4] Sp	
				[2*8+2*23+3:8+2*23+3] RoundE
				[8+2*23+2:2*23+2] RoundEP
				[2*23+1:23+1] RoundM
				[23:0] RoundMP
			*/
			pipe_3 = {pipe_2[8+23+7:8+23+1], RoundE[8:0], RoundEP[8:0], RoundM[23:0], RoundMP[23:0]} ;
			/* PIPE 4
				[32+4:5] Z
				[4:0] Flags
			*/				
			pipe_4 = {Z_int[32-1:0], Flags_int[4:0]} ;
		end
	end
		
endmodule



module FPMult_PrepModule (
		clk,
		rst,
		a,
		b,
		Sa,
		Sb,
		Ea,
		Eb,
		Mp,
		InputExc
	);
	
	// Input ports
	input clk ;
	input rst ;
	input [16-1:0] a ;								// Input A, a 32-bit floating point number
	input [16-1:0] b ;								// Input B, a 32-bit floating point number
	
	// Output ports
	output Sa ;										// A's sign
	output Sb ;										// B's sign
	output [8-1:0] Ea ;								// A's exponent
	output [8-1:0] Eb ;								// B's exponent
	output [2*7+1:0] Mp ;							// 7 product
	output [4:0] InputExc ;						// Input numbers are exceptions
	
	// Internal signals							// If signal is high...
	wire ANaN ;										// A is a signalling NaN
	wire BNaN ;										// B is a signalling NaN
	wire AInf ;										// A is infinity
	wire BInf ;										// B is infinity
    wire [7-1:0] Ma;
    wire [7-1:0] Mb;
	
	assign ANaN = &(a[16-2:7]) &  |(a[16-2:7]) ;			// All one 8and not all zero 7 - NaN
	assign BNaN = &(b[16-2:7]) &  |(b[7-1:0]);			// All one 8and not all zero 7 - NaN
	assign AInf = &(a[16-2:7]) & ~|(a[16-2:7]) ;		// All one 8and all zero 7 - Infinity
	assign BInf = &(b[16-2:7]) & ~|(b[16-2:7]) ;		// All one 8and all zero 7 - Infinity
	
	// Check for any exceptions and put all flags into exception vector
	assign InputExc = {(ANaN | BNaN | AInf | BInf), ANaN, BNaN, AInf, BInf} ;
	//assign InputExc = {(ANaN | ANaN | BNaN |BNaN), ANaN, ANaN, BNaN,BNaN} ;
	
	// Take input numbers apart
	assign Sa = a[16-1] ;							// A's sign
	assign Sb = b[16-1] ;							// B's sign
	assign Ea = a[16-2:7];						// Store A's 8in Ea, unless A is an exception
	assign Eb = b[16-2:7];						// Store B's 8in Eb, unless B is an exception	
//    assign Ma = a[7_MSB:7_LSB];
  //  assign Mb = b[7_MSB:7_LSB];
	

	// Actual 7 multiplication occurs here
	//assign Mp = ({4'b0001, a[7-1:0]}*{4'b0001, b[7-1:9]}) ;
	assign Mp = ({1'b1,a[7-1:0]}*{1'b1, b[7-1:0]}) ;

	
    //We multiply part of the 7 here
    //Full 7 of A
    //Bits 7_MUL_SPLIT_MSB:7_MUL_SPLIT_LSB of B
   // wire [`ACTUAL_7-1:0] inp_A;
   // wire [`ACTUAL_7-1:0] inp_B;
   // assign inp_A = {1'b1, Ma};
   // assign inp_B = {{(7-(7_MUL_SPLIT_MSB-7_MUL_SPLIT_LSB+1)){1'b0}}, 1'b1, Mb[7_MUL_SPLIT_MSB:7_MUL_SPLIT_LSB]};
   // DW02_mult #(`ACTUAL_7,`ACTUAL_7) u_mult(.A(inp_A), .B(inp_B), .TC(1'b0), .PRODUCT(Mp));
endmodule


module FPMult_ExecuteModule(
		a,
		b,
		MpC,
		Ea,
		Eb,
		Sa,
		Sb,
		Sp,
		NormE,
		NormM,
		GRS
    );

	// Input ports
	input [7-1:0] a ;
	input [2*8:0] b ;
	input [2*7+1:0] MpC ;
	input [8-1:0] Ea ;						// A's exponent
	input [8-1:0] Eb ;						// B's exponent
	input Sa ;								// A's sign
	input Sb ;								// B's sign
	
	// Output ports
	output Sp ;								// Product sign
	output [8:0] NormE ;													// Normalized exponent
	output [23-1:0] NormM ;												// Normalized 7
	output GRS ;
	
	wire [2*7+1:0] Mp ;
	
	assign Sp = (Sa ^ Sb) ;												// Equal signs give a positive product
	
   // wire [`ACTUAL_7-1:0] inp_a;
   // wire [`ACTUAL_7-1:0] inp_b;
   // assign inp_a = {1'b1, a};
   // assign inp_b = {{(7-7_MUL_SPLIT_LSB){1'b0}}, 1'b0, b};
   // DW02_mult #(`ACTUAL_7,`ACTUAL_7) u_mult(.A(inp_a), .B(inp_b), .TC(1'b0), .PRODUCT(Mp_temp));
   // DW01_add #(2*`ACTUAL_7) u_add(.A(Mp_temp), .B(MpC<<7_MUL_SPLIT_LSB), .CI(1'b0), .SUM(Mp), .CO());

	//assign Mp = (MpC<<(2*8+1)) + ({4'b0001, a[7-1:0]}*{1'b0, b[2*8:0]}) ;
	assign Mp = MpC;


	assign NormM = (Mp[2*7+1] ? Mp[2*7:0] : Mp[2*7-1:0]); 	// Check for overflow
	assign NormE = (Ea + Eb + Mp[2*7+1]);								// If so, increment exponent
	
	assign GRS = ((Mp[7]&(Mp[7+1]))|(|Mp[7-1:0])) ;
	
endmodule

module FPMult_NormalizeModule(
		NormM,
		NormE,
		RoundE,
		RoundEP,
		RoundM,
		RoundMP
    );

	// Input Ports
	input [23-1:0] NormM ;									// Normalized 7
	input [8:0] NormE ;									// Normalized exponent

	// Output Ports
	output [8:0] RoundE ;
	output [8:0] RoundEP ;
	output [23:0] RoundM ;
	output [23:0] RoundMP ; 
	
// 8= 5 
// 8-1 = 4
// NEED to subtract 2^4 -1 = 15

//wire [8-1 : 0] bias;

//assign bias =  ((1<< (8-1)) -1);

	assign RoundE = NormE - 9'd127 ;
	assign RoundEP = NormE - 9'd127 -1 ;
	assign RoundM = NormM ;
	assign RoundMP = NormM ;

endmodule

module FPMult_RoundModule(
		RoundM,
		RoundMP,
		RoundE,
		RoundEP,
		Sp,
		GRS,
		InputExc,
		Z,
		Flags
    );

	// Input Ports
	input [23:0] RoundM ;									// Normalized 7
	input [23:0] RoundMP ;									// Normalized exponent
	input [8:0] RoundE ;									// Normalized 7 + 1
	input [8:0] RoundEP ;									// Normalized 8+ 1
	input Sp ;												// Product sign
	input GRS ;
	input [4:0] InputExc ;
	
	// Output Ports
	output [32-1:0] Z ;										// Final product
	output [4:0] Flags ;
	
	// Internal Signals
	wire [8:0] FinalE ;									// Rounded exponent
	wire [23:0] FinalM;
	wire [23:0] PreShiftM;
	
	assign PreShiftM = GRS ? RoundMP : RoundM ;	// Round up if R and (G or S)
	
	// Post rounding normalization (potential one bit shift> use shifted 7 if there is overflow)
	assign FinalM = (PreShiftM[23] ? {1'b0, PreShiftM[23:1]} : PreShiftM[23:0]) ;
	
	assign FinalE = (PreShiftM[23] ? RoundEP : RoundE) ; // Increment 8if a shift was done
	
	assign Z = {Sp, FinalE[8-1:0], FinalM[14-1:0], 9'b0} ;   // Putting the pieces together
	assign Flags = InputExc[4:0];

endmodule